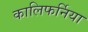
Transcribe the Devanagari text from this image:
कालिफर्निया